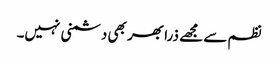
نظم سے مجھے ذرا بھر بھی دشمنی نہیں۔